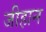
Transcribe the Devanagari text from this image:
जीहान